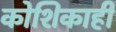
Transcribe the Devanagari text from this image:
कोशिकाही